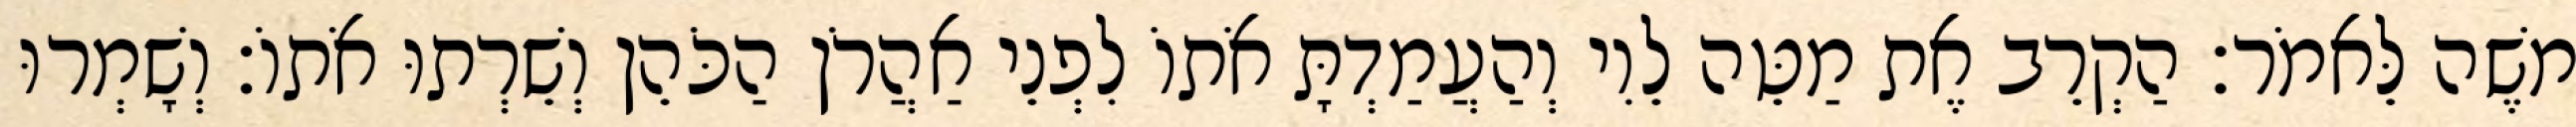
משֶׁה לֵּאמֹר׃ הַקְרֵב אֶת מַטֵּה לֵוִי וְהַעֲמַדְתָּ אֹתוֹ לִפְנֵי אַהֲרֹן הַכֹּהֵן וְשֵׁרְתוּ אֹתוֹ׃ וְשָׁמְרוּ